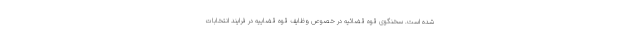
شده است. سخنگوی قوه قضائیه در خصوص وظایف قوه قضاییه در فرایند انتخابات